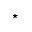
\star